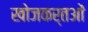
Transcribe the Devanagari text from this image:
खोजकर्तओं